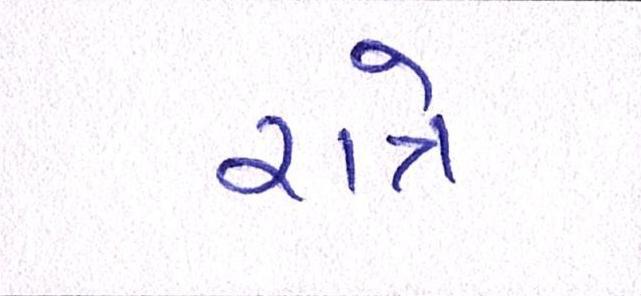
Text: રાત્રે